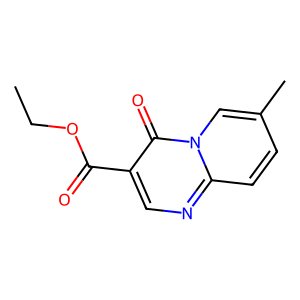
SMILES: CCOC(=O)c1cnc2ccc(C)cn2c1=O
Inhibits HIV replication: No